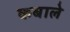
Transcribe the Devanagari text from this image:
कबाले